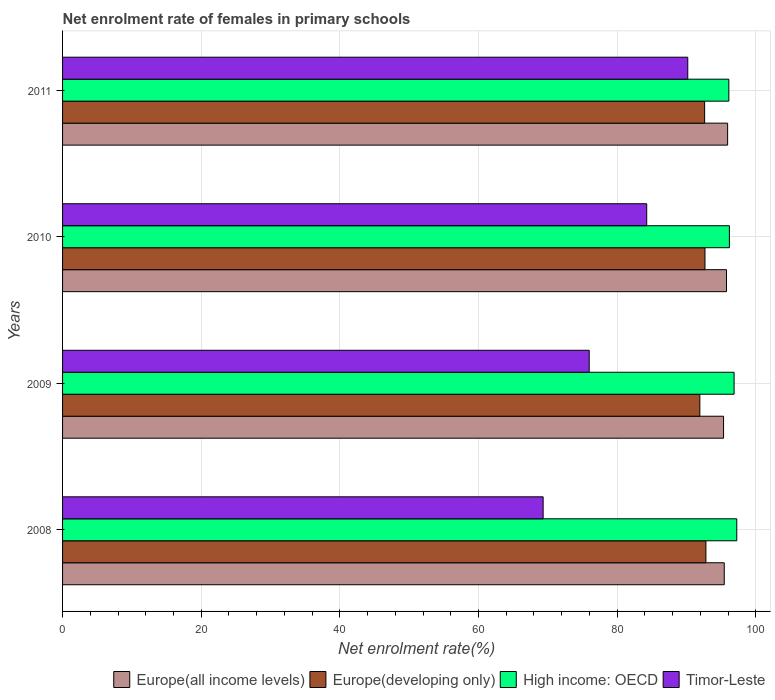
| Years | Europe(all income levels) | Europe(developing only) | High income: OECD | Timor-Leste |
 | --- | --- | --- | --- | --- |
 | 2008 | 95.5 | 92.8 | 97.3 | 69.3 |
 | 2009 | 95.4 | 91.9 | 96.9 | 76 |
 | 2010 | 95.8 | 92.7 | 96.2 | 84.3 |
 | 2011 | 95.9 | 92.6 | 96.1 | 90.2 |